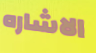
الاشاره